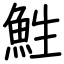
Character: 鮏